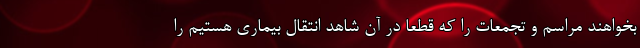
بخواهند مراسم و تجمعات را که قطعا در آن شاهد انتقال بیماری هستیم را